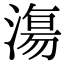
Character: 漡